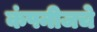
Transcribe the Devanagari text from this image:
कंपनीजचे